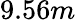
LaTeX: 9.56m